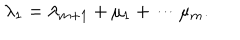
\lambda _ { 1 } = \lambda _ { m + 1 } + \mu _ { 1 } + \cdots \mu _ { m } .